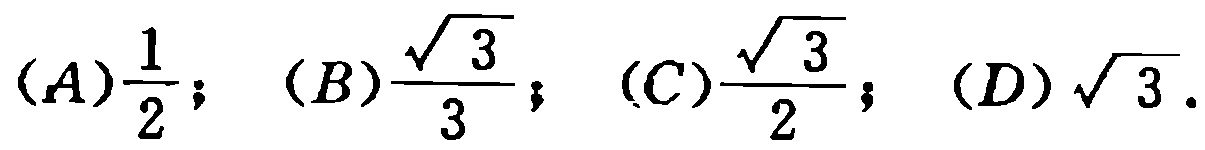
$(A)\frac{1}{2}; (B)\frac{\sqrt{3}}{3}; (C)\frac{\sqrt{3}}{2}; (D)\sqrt{3}.$